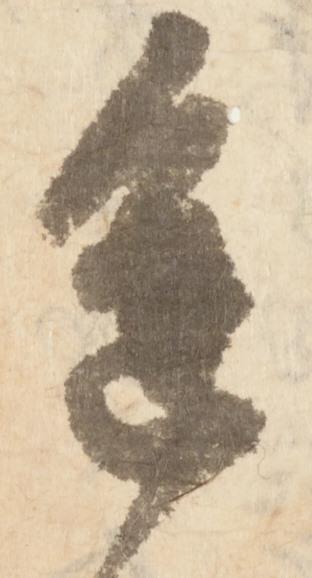
進